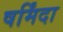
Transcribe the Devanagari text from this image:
षर्मिंदा